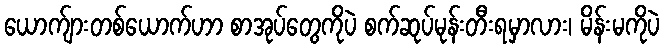
ယောက်ျားတစ်ယောက်ဟာ စာအုပ်တွေကိုပဲ စက်ဆုပ်မုန်းတီးရမှာလား၊ မိန်းမကိုပဲ